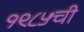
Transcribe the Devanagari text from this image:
१९८५ची